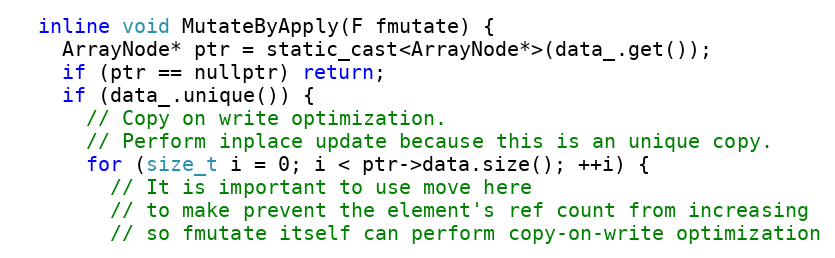
Language: C
  inline void MutateByApply(F fmutate) {
    ArrayNode* ptr = static_cast<ArrayNode*>(data_.get());
    if (ptr == nullptr) return;
    if (data_.unique()) {
      // Copy on write optimization.
      // Perform inplace update because this is an unique copy.
      for (size_t i = 0; i < ptr->data.size(); ++i) {
        // It is important to use move here
        // to make prevent the element's ref count from increasing
        // so fmutate itself can perform copy-on-write optimization